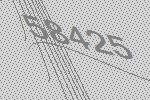
58425